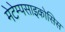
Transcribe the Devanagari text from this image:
मेटेम्पसाइकोसिस